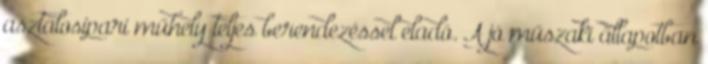
asztalosipari műhely teljes berendezéssel eladó. A jó műszaki állapotban